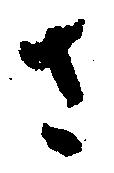
さ